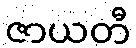
ဇာယတီ